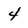
Character: 4